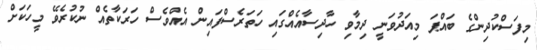
މިފަސްކުދިންގެ ބައްޕަ މިއަދުވަނީ ދިމާވި ހާދިސާއެއްގައި ހަތަރެސްފައިން އެއްވެސް ހަރަކާތެއް ނުކުރެވޭ މީހަކަށް